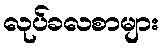
လုပ်ခလစာများ